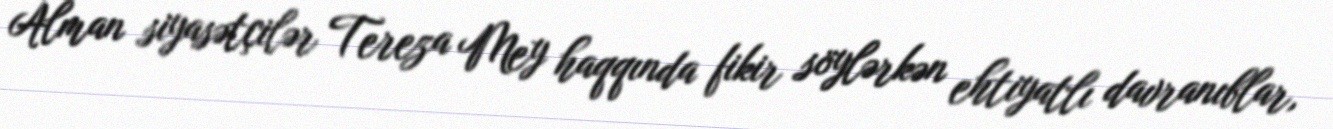
Alman siyasətçilər Tereza Mey haqqında fikir söylərkən ehtiyatlı davranıblar,